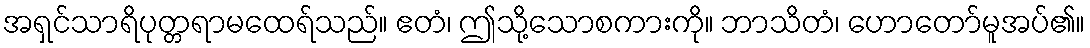
အရှင်သာရိပုတ္တရာမထေရ်သည်။ ဧတံ၊ ဤသို့သောစကားကို။ ဘာသိတံ၊ ဟောတော်မူအပ်၏။